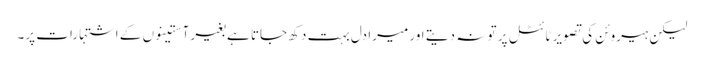
لیکن ہیروئن کی تصویر ٹائٹل پر تو نہ دیتے اور میرا دل بہت دکھ جاتا ہے بغیر آستینوں کے اشتہارات پر۔